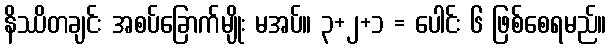
နိဿိတချင်း အစပ်ခြောက်မျိုး မအပ်။ ၃+၂+၁ = ပေါင်း ၆ ဖြစ်စေရမည်။